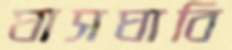
ঘাসঘাবি